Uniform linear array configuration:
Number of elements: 24
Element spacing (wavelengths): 0.5
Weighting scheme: binomial
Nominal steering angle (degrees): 60
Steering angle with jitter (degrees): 60.896
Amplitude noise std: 0.05
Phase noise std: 0.05

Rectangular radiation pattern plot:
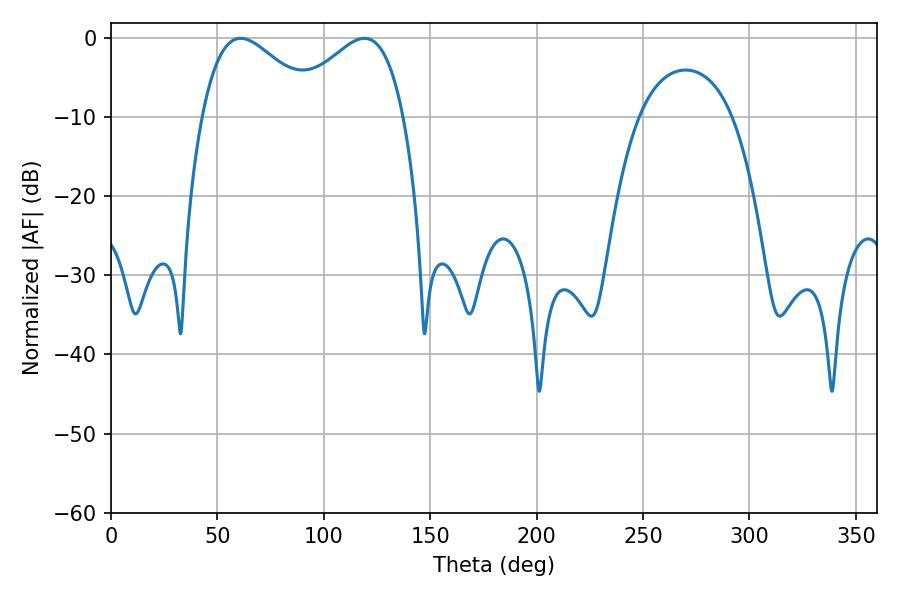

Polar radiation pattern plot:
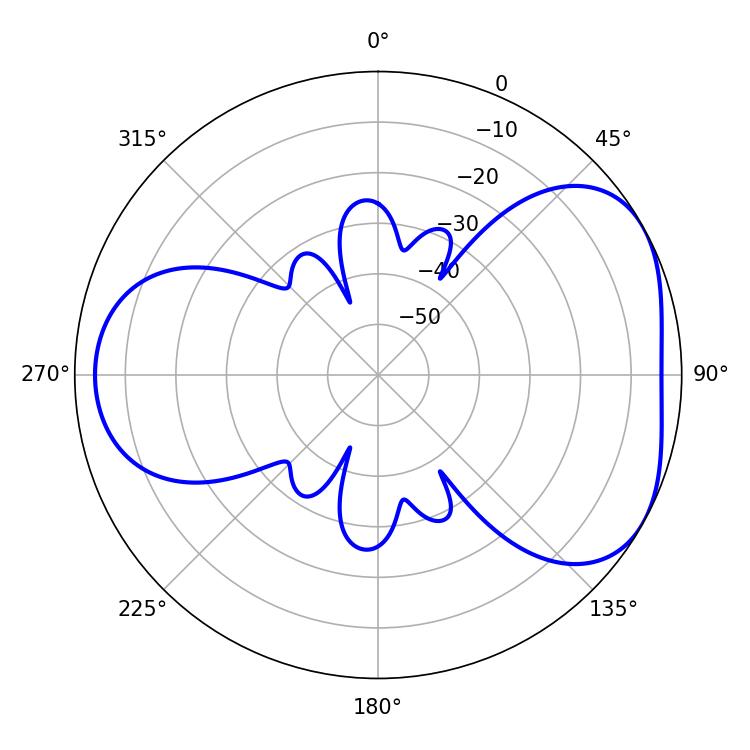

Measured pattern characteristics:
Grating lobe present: FALSE
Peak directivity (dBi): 4.485
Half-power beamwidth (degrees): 29.34
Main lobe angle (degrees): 60.84